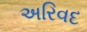
અરિવદ